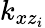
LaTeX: k_{xz_{i}}